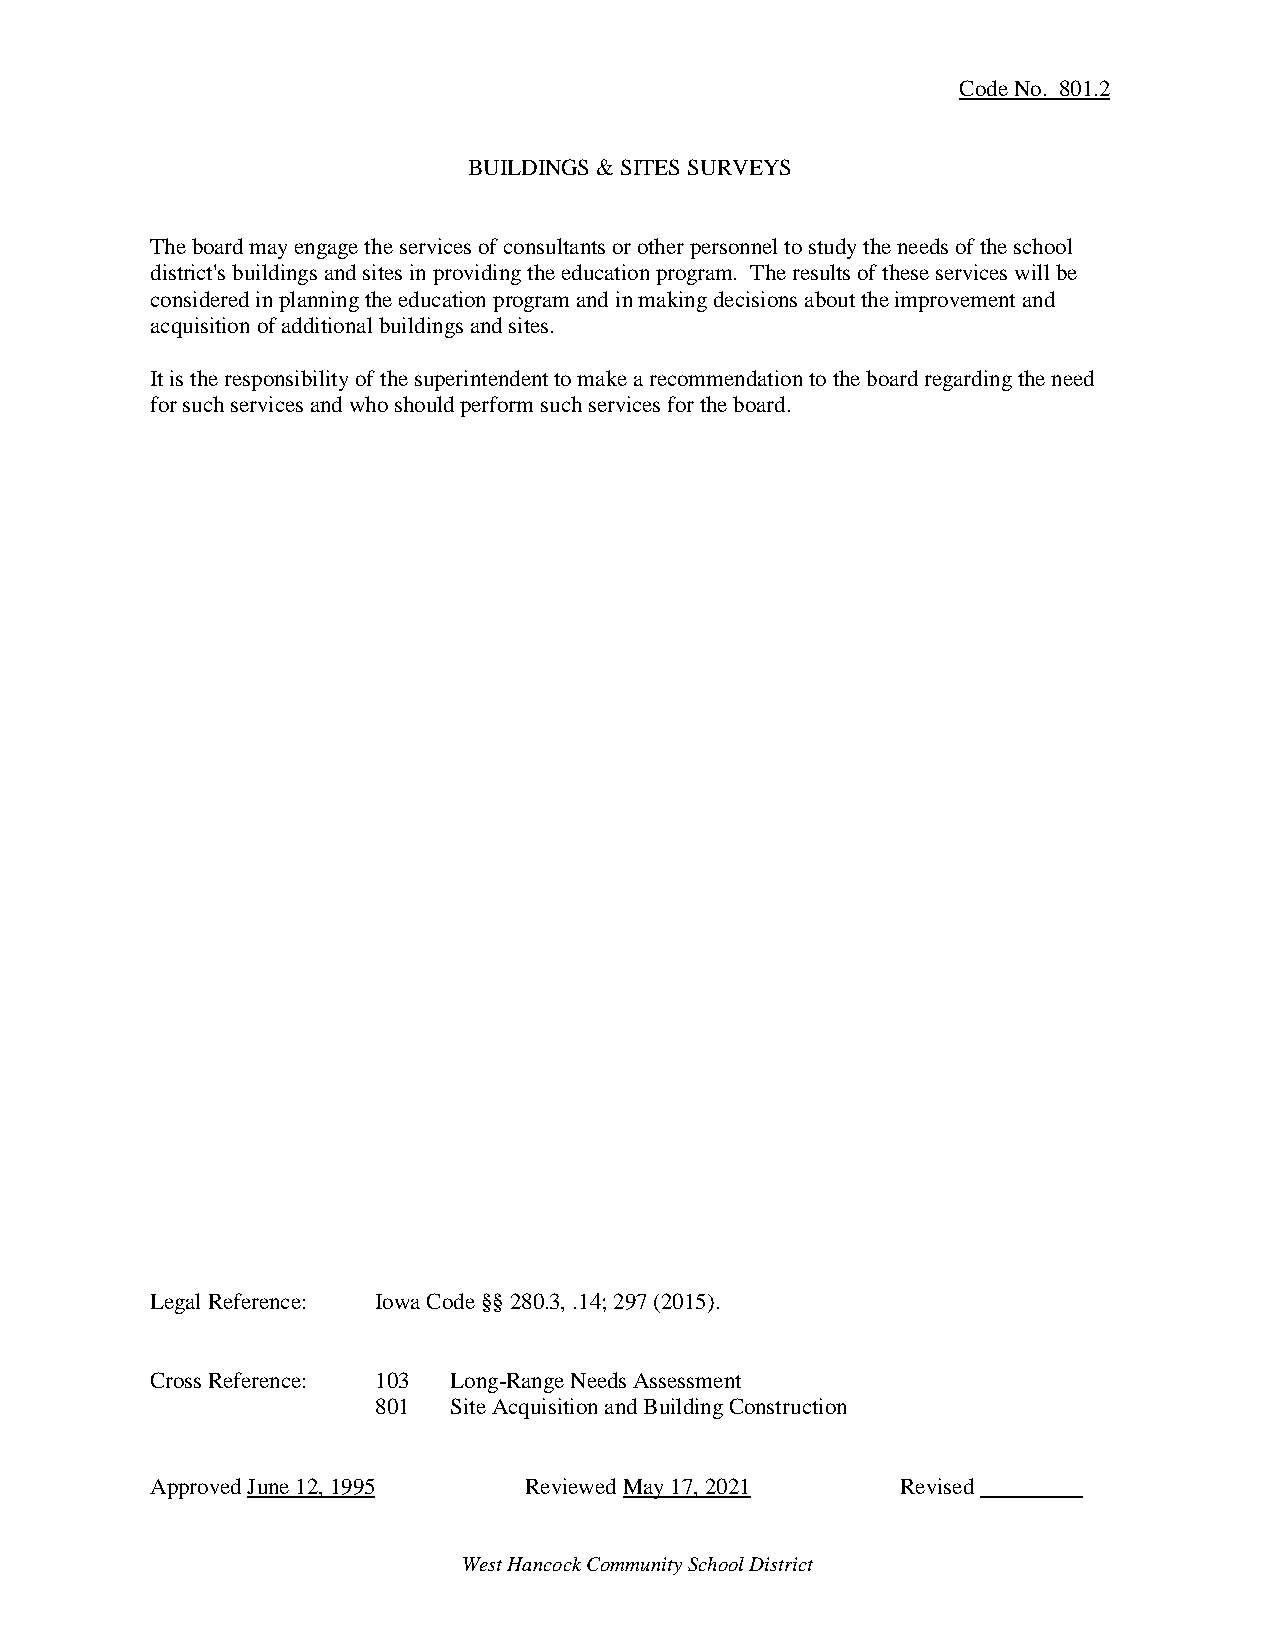
Code No. 801.2
 BUILDINGS & SITES SURVEYS
 The board may engage the services of consultants or other personnel to study the needs of the school
 district's buildings and sites in providing the education program. The results of these services will be
 considered in planning the education program and in making decisions about the improvement and
 acquisition of additional buildings and sites.
 It is the responsibility of the superintendent to make a recommendation to the board regarding the need
 for such services and who should perform such services for the board.
 Legal Reference: Iowa Code §§ 280.3, .14; 297 (2015).
 Cross Reference: 103 Long-Range Needs Assessment
 801  Site Acquisition and Building Construction
 Approved June 12, 1995   Reviewed May 17, 2021    Revised
 West Hancock Community School District